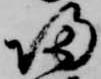
帰